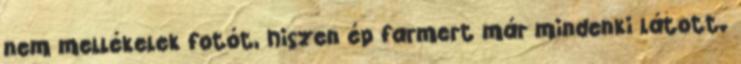
nem mellékelek fotót, hiszen ép farmert már mindenki látott.